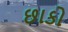
છાકો